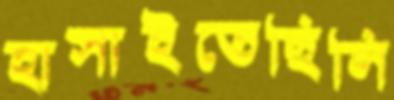
হাসাইতেছিলি